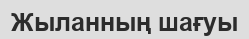
Жыланның шағуы